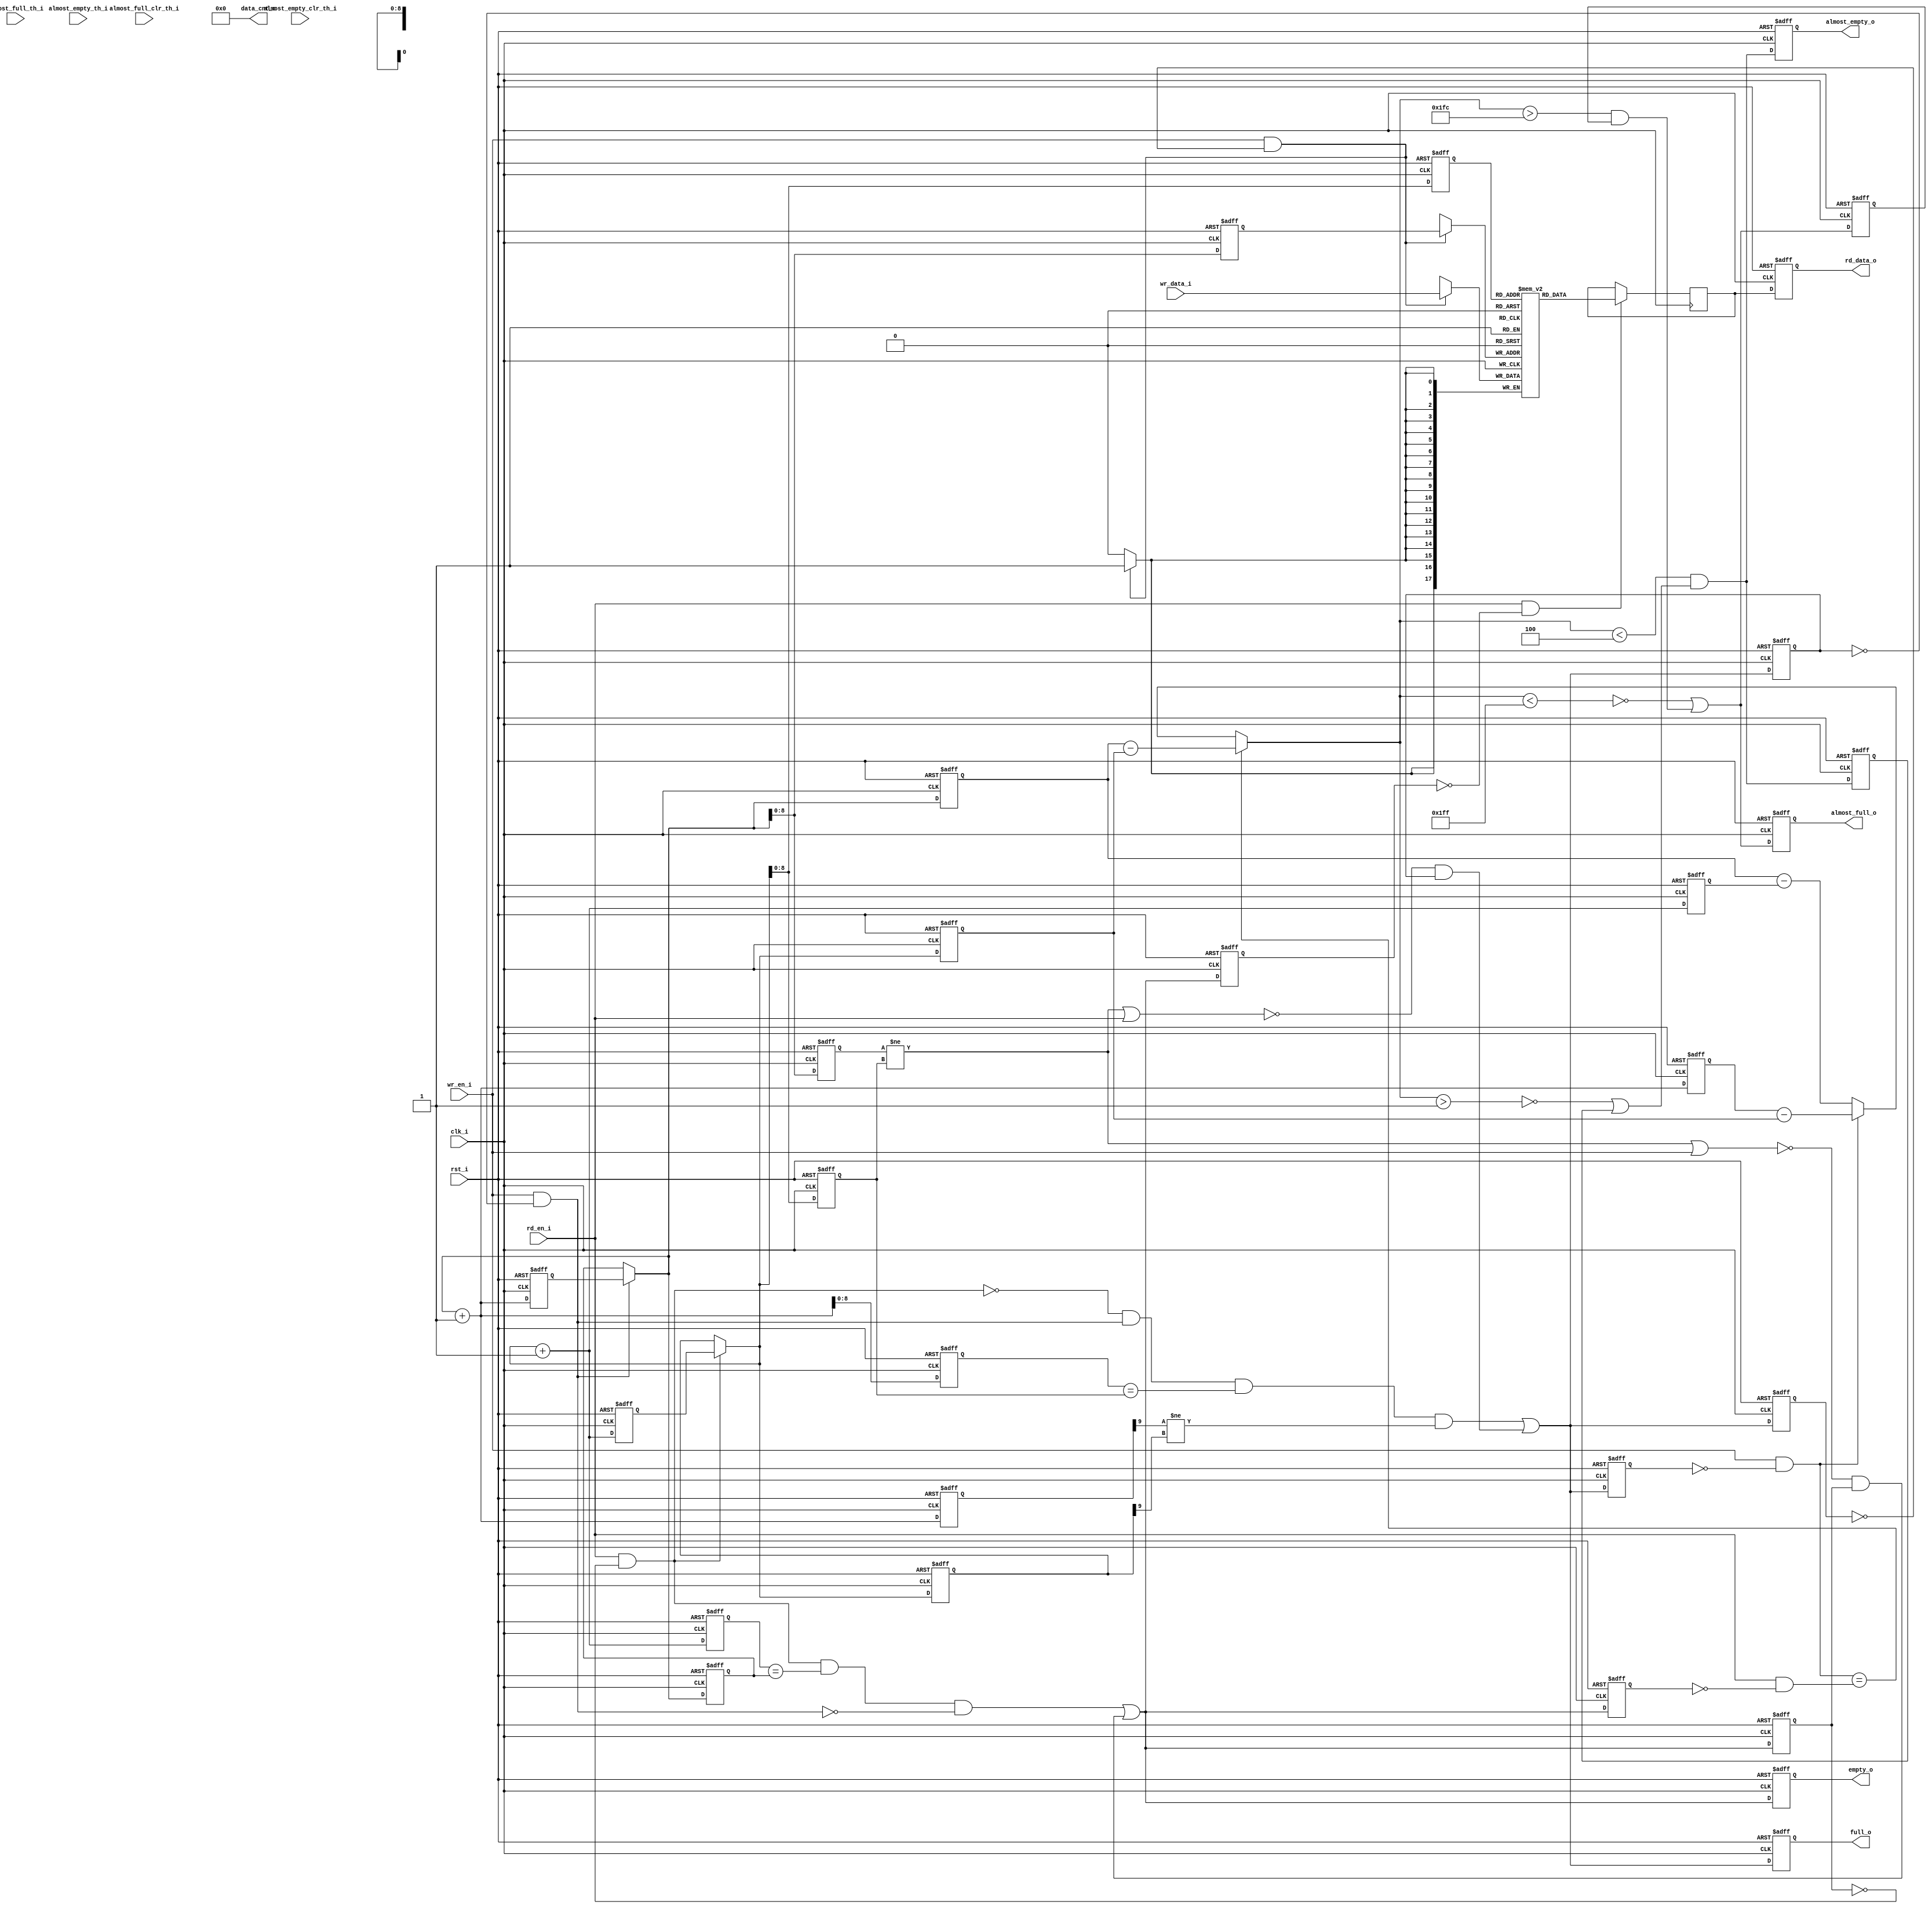
`ifndef LSCC_FIFO
`define LSCC_FIFO

module lscc_fifo
#(//--begin_param--
//----------------------------
// Parameters
//----
    parameter              IMPLEMENTATION            = "EBR",
    parameter              ADDRESS_DEPTH             = 512,
    parameter              ADDRESS_WIDTH             = clog2(ADDRESS_DEPTH),
    parameter              DATA_WIDTH                = 18,
    parameter              REGMODE                   = "reg",
    parameter              RESET_MODE                = "async",
    parameter              ENABLE_ALMOST_FULL_FLAG   = "TRUE",
    parameter              ENABLE_ALMOST_EMPTY_FLAG  = "TRUE",
    parameter              ALMOST_FULL_ASSERTION     = "static-dual",
    parameter              ALMOST_FULL_ASSERT_LVL    = 1023,
    parameter              ALMOST_FULL_DEASSERT_LVL  = 1020,
    parameter              ALMOST_EMPTY_ASSERTION    = "static-dual",
    parameter              ALMOST_EMPTY_ASSERT_LVL   = 1,
    parameter              ALMOST_EMPTY_DEASSERT_LVL = 4,
    parameter              ENABLE_DATA_COUNT         = "FALSE",
    parameter              FAMILY                    = "iCE40UP"
) //--end_param--
(//--begin_ports--
//----------------------------
// Inputs
//----------------------------
    input clk_i,
    input [DATA_WIDTH-1:0] wr_data_i,
    input wr_en_i,
    input rd_en_i,
    input rst_i,
    
    input [ADDRESS_WIDTH-1:0] almost_full_th_i,
    input [ADDRESS_WIDTH-1:0] almost_full_clr_th_i,
    input [ADDRESS_WIDTH-1:0] almost_empty_th_i,
    input [ADDRESS_WIDTH-1:0] almost_empty_clr_th_i,

//----------------------------
// Outputs
//----------------------------
    
    output [DATA_WIDTH-1:0] rd_data_o,
    
    output full_o,
    output empty_o,
    output almost_full_o,
    output almost_empty_o,
    output [ADDRESS_WIDTH:0] data_cnt_o
    
); //--end_ports--

//----------------------------
// Wire and Registers
//----------------------------

reg full_r     /*synthesis syn_preserve=1*/;
reg full_mem_r /*synthesis syn_preserve=1*/;
reg full_ext_r /*synthesis syn_preserve=1*/;

reg empty_r     /*synthesis syn_preserve=1*/;
reg empty_mem_r /*synthesis syn_preserve=1*/;
reg empty_ext_r /*synthesis syn_preserve=1*/;

reg [ADDRESS_WIDTH:0]     wr_addr_r       /*synthesis syn_preserve=1*/;
reg [ADDRESS_WIDTH:0]     wr_addr_p1_r    /*synthesis syn_preserve=1*/;
reg [ADDRESS_WIDTH:0]     wr_addr_p1cmp_r /*synthesis syn_preserve=1*/;
reg [ADDRESS_WIDTH-1:0]   wr_cmpaddr_r    /*synthesis syn_preserve=1*/;
reg [ADDRESS_WIDTH-1:0]   waddr_r         /*synthesis syn_preserve=1*/;
reg [ADDRESS_WIDTH-1:0]   wr_cmpaddr_p1_r /*synthesis syn_preserve=1*/;

reg [ADDRESS_WIDTH:0]     rd_addr_r       /*synthesis syn_preserve=1*/;
reg [ADDRESS_WIDTH:0]     rd_addr_p1_r    /*synthesis syn_preserve=1*/;
reg [ADDRESS_WIDTH:0]     rd_addr_p1cmp_r /*synthesis syn_preserve=1*/;
reg [ADDRESS_WIDTH-1:0]   rd_cmpaddr_r    /*synthesis syn_preserve=1*/;
reg [ADDRESS_WIDTH-1:0]   raddr_r         /*synthesis syn_preserve=1*/;
reg [ADDRESS_WIDTH-1:0]   rd_cmpaddr_p1_r /*synthesis syn_preserve=1*/;

// WRITE address controller
wire [ADDRESS_WIDTH:0]    wr_addr_nxt_w     = (wr_en_i & ~full_r) ? wr_addr_p1_r : wr_addr_r;
wire [ADDRESS_WIDTH:0]    wr_addr_nxt_p1_w  = wr_addr_nxt_w + 1'b1;

// READ address controller									    
wire [ADDRESS_WIDTH:0]    rd_addr_nxt_w     = (rd_en_i & ~empty_r) ? rd_addr_p1_r : rd_addr_r;
wire [ADDRESS_WIDTH:0]    rd_addr_nxt_p1_w  = rd_addr_nxt_w + 1'b1;

// Flag controller
wire full_nxt_w                             = (~(rd_en_i & ~empty_r) & (wr_en_i & ~full_r) & (wr_cmpaddr_p1_r == rd_cmpaddr_r) & (wr_addr_p1cmp_r[ADDRESS_WIDTH] != rd_addr_r[ADDRESS_WIDTH])) ||  
                                              (~((wr_cmpaddr_r != rd_cmpaddr_r) || rd_en_i) & full_r);
wire empty_nxt_w                            = ((rd_en_i & ~empty_r) & (rd_addr_p1cmp_r == wr_addr_r) & ~(wr_en_i & ~full_r)) || 
                                              (~((wr_cmpaddr_r != rd_cmpaddr_r) || wr_en_i) & empty_r);

assign full_o  = full_ext_r;
assign empty_o = empty_ext_r;

//----------------------------
// Sequential Circuit
//----------------------------

if(RESET_MODE == "sync") begin : MASTER_SYNC
    always @ (posedge clk_i) begin
        if(rst_i) begin
            full_ext_r      <= 1'b0;
            full_r          <= 1'b0;
            full_mem_r      <= 1'b0;
            empty_ext_r     <= 1'b1;
            empty_r         <= 1'b1;
            empty_mem_r     <= 1'b1;
    
            wr_addr_r       <= {(ADDRESS_WIDTH + 1) {1'b0}};
            wr_addr_p1_r    <= {{(ADDRESS_WIDTH){1'b0}}, 1'b1};
            wr_cmpaddr_r    <= {(ADDRESS_WIDTH) {1'b0}};
            wr_addr_p1cmp_r <= {{(ADDRESS_WIDTH){1'b0}}, 1'b1};
            waddr_r         <= {(ADDRESS_WIDTH) {1'b0}};
            wr_cmpaddr_p1_r <= {{(ADDRESS_WIDTH-1){1'b0}}, 1'b1};
    
            rd_addr_r       <= {(ADDRESS_WIDTH + 1) {1'b0}};
            rd_addr_p1_r    <= {{(ADDRESS_WIDTH){1'b0}}, 1'b1};
            rd_addr_p1cmp_r <= {{(ADDRESS_WIDTH){1'b0}}, 1'b1};
            rd_cmpaddr_r    <= {(ADDRESS_WIDTH) {1'b0}};
            raddr_r         <= {(ADDRESS_WIDTH) {1'b0}};
            rd_cmpaddr_p1_r <= {{(ADDRESS_WIDTH-1){1'b0}}, 1'b1};
        end
        else begin
            full_ext_r      <= full_nxt_w;
            full_r          <= full_nxt_w;
            full_mem_r      <= full_nxt_w;
            empty_ext_r     <= empty_nxt_w;
            empty_r         <= empty_nxt_w;
            empty_mem_r     <= empty_nxt_w;
    
            wr_addr_r       <= wr_addr_nxt_w;
            wr_addr_p1_r    <= wr_addr_nxt_p1_w;
            wr_cmpaddr_r    <= wr_addr_nxt_w[ADDRESS_WIDTH-1:0];
            wr_addr_p1cmp_r <= wr_addr_nxt_p1_w;
            waddr_r         <= wr_addr_nxt_w[ADDRESS_WIDTH-1:0];
            wr_cmpaddr_p1_r <= wr_addr_nxt_p1_w[ADDRESS_WIDTH-1:0];
    
            rd_addr_r       <= rd_addr_nxt_w;
            rd_addr_p1_r    <= rd_addr_nxt_p1_w;
            rd_addr_p1cmp_r <= rd_addr_nxt_p1_w;
            rd_cmpaddr_r    <= rd_addr_nxt_w[ADDRESS_WIDTH-1:0];
            raddr_r         <= rd_addr_nxt_w[ADDRESS_WIDTH-1:0];
            rd_cmpaddr_p1_r <= rd_addr_nxt_p1_w[ADDRESS_WIDTH-1:0];
        end
    end
end
else begin : MASTER_ASYNC
    always @ (posedge clk_i, posedge rst_i) begin
        if(rst_i) begin
            full_ext_r      <= 1'b0;
            full_r          <= 1'b0;
            full_mem_r      <= 1'b0;
            empty_ext_r     <= 1'b1;
            empty_r         <= 1'b1;
            empty_mem_r     <= 1'b1;
    
            wr_addr_r       <= {(ADDRESS_WIDTH + 1) {1'b0}};
            wr_addr_p1_r    <= {{(ADDRESS_WIDTH){1'b0}}, 1'b1};
            wr_cmpaddr_r    <= {(ADDRESS_WIDTH) {1'b0}};
            wr_addr_p1cmp_r <= {{(ADDRESS_WIDTH){1'b0}}, 1'b1};
            waddr_r         <= {(ADDRESS_WIDTH) {1'b0}};
            wr_cmpaddr_p1_r <= {{(ADDRESS_WIDTH-1){1'b0}}, 1'b1};
    
            rd_addr_r       <= {(ADDRESS_WIDTH + 1) {1'b0}};
            rd_addr_p1_r    <= {{(ADDRESS_WIDTH){1'b0}}, 1'b1};
            rd_addr_p1cmp_r <= {{(ADDRESS_WIDTH){1'b0}}, 1'b1};
            rd_cmpaddr_r    <= {(ADDRESS_WIDTH) {1'b0}};
            raddr_r         <= {(ADDRESS_WIDTH) {1'b0}};
            rd_cmpaddr_p1_r <= {{(ADDRESS_WIDTH-1){1'b0}}, 1'b1};
        end
        else begin
            full_ext_r      <= full_nxt_w;
            full_r          <= full_nxt_w;
            full_mem_r      <= full_nxt_w;
            empty_ext_r     <= empty_nxt_w;
            empty_r         <= empty_nxt_w;
            empty_mem_r     <= empty_nxt_w;
    
            wr_addr_r       <= wr_addr_nxt_w;
            wr_addr_p1_r    <= wr_addr_nxt_p1_w;
            wr_cmpaddr_r    <= wr_addr_nxt_w[ADDRESS_WIDTH-1:0];
            wr_addr_p1cmp_r <= wr_addr_nxt_p1_w;
            waddr_r         <= wr_addr_nxt_w[ADDRESS_WIDTH-1:0];
            wr_cmpaddr_p1_r <= wr_addr_nxt_p1_w[ADDRESS_WIDTH-1:0];
    
            rd_addr_r       <= rd_addr_nxt_w;
            rd_addr_p1_r    <= rd_addr_nxt_p1_w;
            rd_addr_p1cmp_r <= rd_addr_nxt_p1_w;
            rd_cmpaddr_r    <= rd_addr_nxt_w[ADDRESS_WIDTH-1:0];
            raddr_r         <= rd_addr_nxt_w[ADDRESS_WIDTH-1:0];
            rd_cmpaddr_p1_r <= rd_addr_nxt_p1_w[ADDRESS_WIDTH-1:0];
        end
    end
end

//----------------------------
// MISCELLANEOUS Features
//----------------------------

if(ENABLE_ALMOST_FULL_FLAG == "TRUE" || ENABLE_ALMOST_EMPTY_FLAG == "TRUE" || ENABLE_DATA_COUNT == "TRUE") begin : MISC
    reg full_flag_r   /*synthesis syn_preserve=1*/;
    reg empty_flag_r  /*synthesis syn_preserve=1*/;
    reg [ADDRESS_WIDTH:0] wr_flag_addr_r    /*synthesis syn_preserve=1*/;
    reg [ADDRESS_WIDTH:0] wr_flag_addr_p1_r /*synthesis syn_preserve=1*/;
    reg [ADDRESS_WIDTH:0] rd_flag_addr_r    /*synthesis syn_preserve=1*/;
    reg [ADDRESS_WIDTH:0] rd_flag_addr_p1_r /*synthesis syn_preserve=1*/;
    
    wire [ADDRESS_WIDTH:0] diff_norm_w = wr_flag_addr_r - rd_flag_addr_r;
    wire [ADDRESS_WIDTH:0] diff_wr_w   = wr_flag_addr_p1_r - rd_flag_addr_r;
    wire [ADDRESS_WIDTH:0] diff_rd_w   = wr_flag_addr_r - rd_flag_addr_p1_r;

    wire wr_w = wr_en_i & ~full_flag_r;
    wire rd_w = rd_en_i & ~empty_flag_r;

    wire [ADDRESS_WIDTH:0] diff_w      = (wr_w == rd_w) ? diff_norm_w : (wr_w) ? diff_wr_w : diff_rd_w;

    if(RESET_MODE == "sync") begin : SYNC_CON
        always @ (posedge clk_i) begin
            if(rst_i) begin
                wr_flag_addr_r    <= {(ADDRESS_WIDTH+1){1'b0}};
                wr_flag_addr_p1_r <= {{(ADDRESS_WIDTH){1'b0}}, 1'b1};
                rd_flag_addr_r    <= {(ADDRESS_WIDTH+1){1'b0}};
                rd_flag_addr_p1_r <= {{(ADDRESS_WIDTH){1'b0}}, 1'b1};
                full_flag_r       <= 1'b0;
                empty_flag_r      <= 1'b1;
            end
            else begin
                wr_flag_addr_r    <= wr_addr_nxt_w;
                wr_flag_addr_p1_r <= wr_addr_nxt_p1_w;
                rd_flag_addr_r    <= rd_addr_nxt_w;
                rd_flag_addr_p1_r <= rd_addr_nxt_p1_w;
                full_flag_r       <= full_nxt_w;
                empty_flag_r      <= empty_nxt_w;
            end
        end
    end
    else begin : ASYNC_CON
        always @ (posedge clk_i, posedge rst_i) begin
            if(rst_i) begin
                wr_flag_addr_r    <= {(ADDRESS_WIDTH+1){1'b0}};
                wr_flag_addr_p1_r <= {{(ADDRESS_WIDTH){1'b0}}, 1'b1};
                rd_flag_addr_r    <= {(ADDRESS_WIDTH+1){1'b0}};
                rd_flag_addr_p1_r <= {{(ADDRESS_WIDTH){1'b0}}, 1'b1};
                full_flag_r       <= 1'b0;
                empty_flag_r      <= 1'b1;
            end
            else begin
                wr_flag_addr_r    <= wr_addr_nxt_w;
                wr_flag_addr_p1_r <= wr_addr_nxt_p1_w;
                rd_flag_addr_r    <= rd_addr_nxt_w;
                rd_flag_addr_p1_r <= rd_addr_nxt_p1_w;
                full_flag_r       <= full_nxt_w;
                empty_flag_r      <= empty_nxt_w;
            end
        end
    end

    // Almost Flag Controller
    if(ENABLE_ALMOST_FULL_FLAG == "TRUE") begin : AFull
        wire [ADDRESS_WIDTH-1:0] almost_full_tick_w      = (ALMOST_FULL_ASSERTION == "static-single" || ALMOST_FULL_ASSERTION == "static-dual") ? ALMOST_FULL_ASSERT_LVL : almost_full_th_i;
        wire [ADDRESS_WIDTH-1:0] almost_full_tock_w      = (ALMOST_FULL_ASSERTION == "static-single") ? ALMOST_FULL_ASSERT_LVL : 
                                                           (ALMOST_FULL_ASSERTION == "static-dual") ? ALMOST_FULL_DEASSERT_LVL :
                                                           (ALMOST_FULL_ASSERTION == "dynamic-single") ? almost_full_th_i : almost_full_clr_th_i;
        reg  almost_full_r;
        reg  almost_full_ext_r;
        wire almost_full_nxt_w;
        if(ALMOST_FULL_ASSERTION == "static-single" || ALMOST_FULL_ASSERTION == "dynamic-single") begin
            assign almost_full_nxt_w = ~(diff_w < almost_full_tick_w);
        end
        else begin
            assign almost_full_nxt_w = (~(diff_w < almost_full_tick_w)) | (diff_w > almost_full_tock_w) & almost_full_r;
        end

        assign almost_full_o = almost_full_ext_r;


        if(RESET_MODE == "sync") begin
            always @ (posedge clk_i) begin
                if(rst_i) begin
                    almost_full_ext_r <= 1'b0;
                    almost_full_r     <= 1'b0;
                end
                else begin
                    almost_full_ext_r <= almost_full_nxt_w;
                    almost_full_r     <= almost_full_nxt_w;
                end
            end
        end
        else begin
            always @ (posedge clk_i, posedge rst_i) begin
                if(rst_i) begin
                    almost_full_ext_r <= 1'b0;
                    almost_full_r     <= 1'b0;
                end
                else begin
                    almost_full_ext_r <= almost_full_nxt_w;
                    almost_full_r     <= almost_full_nxt_w;
                end
            end
        end
    end
    else begin
        assign almost_full_o = 1'b0;
    end

    // Almost Empty Controller
    if(ENABLE_ALMOST_EMPTY_FLAG == "TRUE") begin : AEmpty
        wire [ADDRESS_WIDTH-1:0] almost_empty_tick_w     = (ALMOST_EMPTY_ASSERTION == "static-single" || ALMOST_EMPTY_ASSERTION == "static-dual") ? ALMOST_EMPTY_ASSERT_LVL : almost_empty_th_i;
        wire [ADDRESS_WIDTH-1:0] almost_empty_tock_w     = (ALMOST_EMPTY_ASSERTION == "static-single") ? ALMOST_EMPTY_ASSERT_LVL : 
                                                           (ALMOST_EMPTY_ASSERTION == "static-dual") ? ALMOST_EMPTY_DEASSERT_LVL :
                                                           (ALMOST_EMPTY_ASSERTION == "dynamic-single") ? almost_empty_th_i : almost_empty_clr_th_i;
        reg almost_empty_r;
        reg almost_empty_ext_r;
        wire almost_empty_nxt_w;
        if(ALMOST_EMPTY_ASSERTION == "static-single" || ALMOST_EMPTY_ASSERTION == "dynamic-single") begin
            assign almost_empty_nxt_w = ~(diff_w > almost_empty_tick_w);
        end
        else begin
            assign almost_empty_nxt_w = (diff_w < almost_empty_tock_w) & (~(diff_w > almost_empty_tick_w) | almost_empty_r); 
        end
	    
        assign almost_empty_o = almost_empty_ext_r;
	    	    
        if(RESET_MODE == "sync") begin
            always @ (posedge clk_i) begin
                if(rst_i) begin
                    almost_empty_ext_r <= 1'b1;
                    almost_empty_r     <= 1'b1;
                end
                else begin
                    almost_empty_ext_r <= almost_empty_nxt_w;
                    almost_empty_r     <= almost_empty_nxt_w;
                end
            end
        end
        else begin
            always @ (posedge clk_i, posedge rst_i) begin
                if(rst_i) begin
                    almost_empty_ext_r <= 1'b1;
                    almost_empty_r     <= 1'b1;
                end
                else begin
                    almost_empty_ext_r <= almost_empty_nxt_w;
                    almost_empty_r     <= almost_empty_nxt_w;
                end
            end
        end
    end
    else begin
        assign almost_empty_o = 1'b0;
    end

    // Enable Data Count Controller
    if(ENABLE_DATA_COUNT == "TRUE") begin
        reg [ADDRESS_WIDTH:0] data_cnt_r;
        assign data_cnt_o = data_cnt_r;

        if(RESET_MODE == "sync") begin
            always @ (posedge clk_i) begin
                if(rst_i) begin
                    data_cnt_r <= {(ADDRESS_WIDTH+1){1'b0}};
                end
                else begin
                    data_cnt_r <= diff_w;
                end
            end
        end
        else begin
            always @ (posedge clk_i, posedge rst_i) begin
                if(rst_i) begin
                    data_cnt_r <= {(ADDRESS_WIDTH+1){1'b0}};
                end
                else begin
                    data_cnt_r <= diff_w;
                end
            end
        end
    end
    else begin
        assign data_cnt_o = {(ADDRESS_WIDTH+1){1'b0}};
    end
end

// -----------------
// -- FIFO MEMORY --
// -----------------

wire wr_fifo_en_w = wr_en_i & ~full_mem_r;
wire rd_fifo_en_w = rd_en_i & ~empty_mem_r;

if(IMPLEMENTATION == "EBR") begin : mem_EBR
    reg [DATA_WIDTH-1:0] mem [2**ADDRESS_WIDTH-1:0] /* synthesis syn_ramstyle="block_ram" */;
    reg [DATA_WIDTH-1:0] data_raw_r;
    reg [DATA_WIDTH-1:0] data_buff_r;

    // synthesis translate_off
    integer i0;
    initial begin
        for(i0 = 0; i0 < 2**ADDRESS_WIDTH; i0 = i0 + 1) begin
            mem[i0] = {DATA_WIDTH{1'b0}};
        end
    end
    // synthesis translate_on
    assign rd_data_o = (REGMODE == "reg") ? data_buff_r : data_raw_r;
    
    always @ (posedge clk_i) begin
        if(wr_fifo_en_w == 1'b1) begin
            mem[waddr_r] <= wr_data_i;
        end
    end
    
    always @ (posedge clk_i) begin
        if(rd_fifo_en_w == 1'b1) begin
            data_raw_r <= mem[raddr_r];
        end
    end
    if(REGMODE == "reg") begin : mem_reg
        if(RESET_MODE == "sync") begin : sync
            always @ (posedge clk_i) begin
                if(rst_i == 1'b1) begin
                    data_buff_r <= {DATA_WIDTH{1'b0}};
                end
                else begin
                    data_buff_r <= data_raw_r;
                end
            end
        end // end sync
        else begin : async
            always @ (posedge clk_i, posedge rst_i) begin
                if(rst_i == 1'b1) begin
                    data_buff_r <= {DATA_WIDTH{1'b0}};
                end
                else begin
                    data_buff_r <= data_raw_r;
                end
            end
        end // end async
    end // end mem_reg
end // end mem_EBR
else if (FAMILY == "LIFCL") begin : mem_LUT
    reg [DATA_WIDTH-1:0] mem [2**ADDRESS_WIDTH-1:0] /* synthesis syn_ramstyle="distributed" */;
    reg [DATA_WIDTH-1:0] data_raw_r = {DATA_WIDTH{1'b0}};
    reg [DATA_WIDTH-1:0] data_buff_r = {DATA_WIDTH{1'b0}}; 
    assign rd_data_o = (REGMODE == "reg") ? data_buff_r : data_raw_r;

    // synthesis translate_off
    integer i0;
    initial begin
        for(i0 = 0; i0 < 2**ADDRESS_WIDTH; i0 = i0 + 1) begin
            mem[i0] = {DATA_WIDTH{1'b0}};
        end
    end
    // synthesis translate_on

    always @ (posedge clk_i) begin
        if(wr_fifo_en_w == 1'b1) begin
            mem[waddr_r] <= wr_data_i;
        end
    end
    
    always @ (posedge clk_i) begin
        if(rd_fifo_en_w == 1'b1) begin
            data_raw_r <= mem[raddr_r];
        end
    end

    if(REGMODE == "reg") begin : mem_reg
        if(RESET_MODE == "sync") begin : sync
            always @ (posedge clk_i) begin
                if(rst_i == 1'b1) begin
                    data_buff_r <= {DATA_WIDTH{1'b0}};
                end
                else begin
                    data_buff_r <= data_raw_r;
                end
            end
        end // end sync
        else begin : async
            always @ (posedge clk_i, posedge rst_i) begin
                if(rst_i == 1'b1) begin
                    data_buff_r <= {DATA_WIDTH{1'b0}};
                end
                else begin
                    data_buff_r <= data_raw_r;
                end
            end
        end // end async
    end // end mem_reg
end // mem_LUT
else begin : mem_REG
    reg [DATA_WIDTH-1:0] mem [2**ADDRESS_WIDTH-1:0] /* synthesis syn_ramstyle="registers" */;
    reg [DATA_WIDTH-1:0] data_raw_r = {DATA_WIDTH{1'b0}};
    reg [DATA_WIDTH-1:0] data_buff_r = {DATA_WIDTH{1'b0}}; 
    assign rd_data_o = (REGMODE == "reg") ? data_buff_r : data_raw_r;

    // synthesis translate_off
    integer i0;
    initial begin
        for(i0 = 0; i0 < 2**ADDRESS_WIDTH; i0 = i0 + 1) begin
            mem[i0] = {DATA_WIDTH{1'b0}};
        end
    end
    // synthesis translate_on

    always @ (posedge clk_i) begin
        if(wr_fifo_en_w == 1'b1) begin
            mem[waddr_r] <= wr_data_i;
        end
    end
    
    always @ (posedge clk_i) begin
        if(rd_fifo_en_w == 1'b1) begin
            data_raw_r <= mem[raddr_r];
        end
    end

    if(REGMODE == "reg") begin : mem_reg
        if(RESET_MODE == "sync") begin : sync
            always @ (posedge clk_i) begin
                if(rst_i == 1'b1) begin
                    data_buff_r <= {DATA_WIDTH{1'b0}};
                end
                else begin
                    data_buff_r <= data_raw_r;
                end
            end
        end // end sync
        else begin : async
            always @ (posedge clk_i, posedge rst_i) begin
                if(rst_i == 1'b1) begin
                    data_buff_r <= {DATA_WIDTH{1'b0}};
                end
                else begin
                    data_buff_r <= data_raw_r;
                end
            end
        end // end async
    end // end mem_reg
end // mem_REG

//------------------------------------------------------------------------------
// Function Definition
//------------------------------------------------------------------------------

function [31:0] clog2;
  input [31:0] value;
  reg   [31:0] num;
  begin
    num = value - 1;
    for (clog2=0; num>0; clog2=clog2+1) num = num>>1;
  end
endfunction

endmodule
`endif